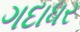
ગદાધર